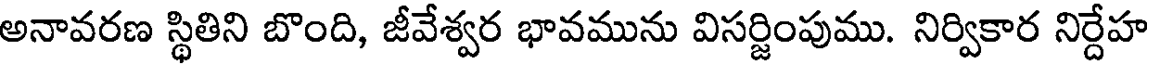
అనావరణ స్థితిని బొంది, జీవేశ్వర భావమును విసర్జింపుము. నిర్వికార నిర్దేహ